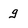
Character: g